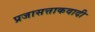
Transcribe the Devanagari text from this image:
प्रजासत्ताकवादी